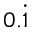
0 . { \dot { 1 } }